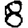
Digit: 8